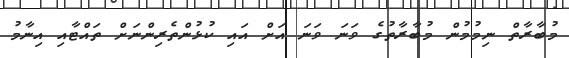
މުބާރާތް ނިމުމުން މުބާރާތުގެ ވަނަ ވަނަ އަށް އައި ކުޅުންތެރިންނަށް ތައްޓާއި އިނާމު